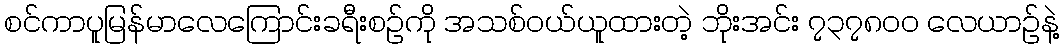
စင်ကာပူမြန်မာလေကြောင်းခရီးစဉ်ကို အသစ်ဝယ်ယူထားတဲ့ ဘိုးအင်း ၇၃၇၈၀၀ လေယာဉ်နဲ့